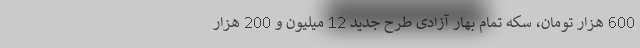
600 هزار تومان، سکه تمام بهار آزادی طرح جدید 12 میلیون و 200 هزار